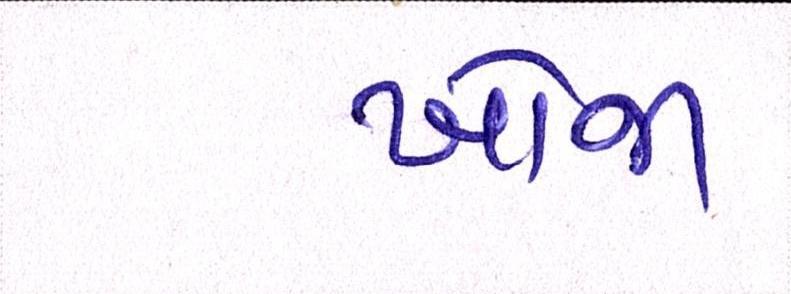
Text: ખોજા